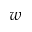
w